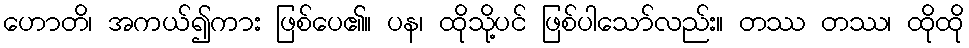
ဟောတိ၊ အကယ်၍ကား ဖြစ်ပေ၏။ ပန၊ ထိုသို့ပင် ဖြစ်ပါသော်လည်း။ တဿ တဿ၊ ထိုထို